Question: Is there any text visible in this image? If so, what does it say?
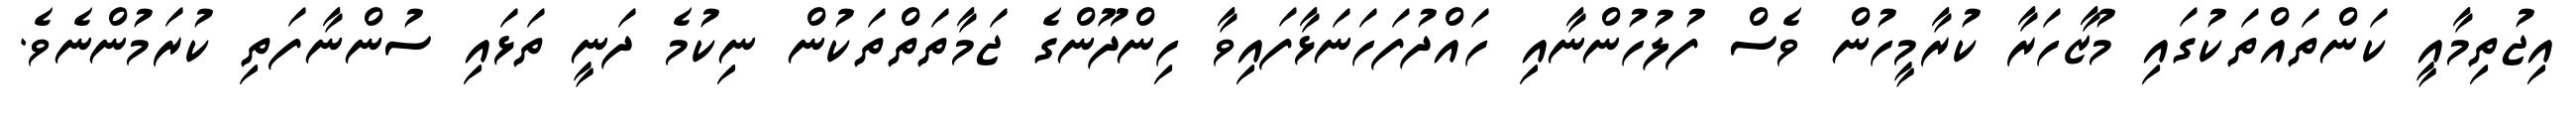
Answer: އިޖުތިމާއީ ކަންތައްތަކުގައި މުޒާހަރާ ކުރާމީހުން ވެސް ފުލުހުންނާއި ހައްދުފަހަނަޅާފައިވާ ހިންދޫންގެ ޖަމާތަތްތަކުން ނިކުމެ ދަނީ ތަޅައި ސުންނާފަތި ކުރަމުންނެވެ.